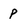
Character: p